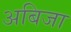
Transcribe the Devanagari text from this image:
अबिजा